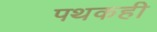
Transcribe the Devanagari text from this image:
पथकही